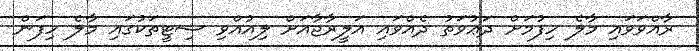
ރާއްވަވައި މާލެ ހިފުމަށް ދަޢުވަތު ދެއްވައި އަލީރާޖާއަށް ލިއުއްވި ސިޓީތަކުގައި މާލެ ހިފަން